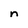
Character: n